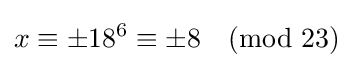
x\equiv \pm 18^{6}\equiv \pm 8{\pmod {23}}